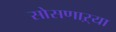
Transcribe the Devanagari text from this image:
सोसणाऱ्या